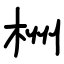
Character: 栦